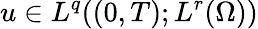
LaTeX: u\in L^{q}((0,T);L^{r}(\Omega))